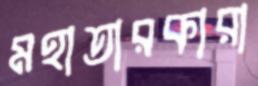
মহাতারকারা